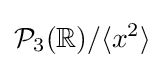
{\mathcal {P}}_{3}(\mathbb {R} )/\langle x^{2}\rangle